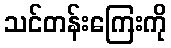
သင်တန်းကြေးကို